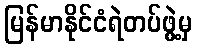
မြန်မာနိုင်ငံရဲတပ်ဖွဲ့မှ